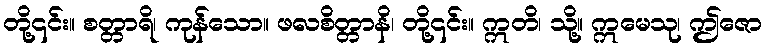
တို့၎င်း။ စတ္တာရိ၊ ကုန်သော။ ဖလစိတ္တာနိ၊ တို့၎င်း။ ဣတိ၊ သို့။ ဣမေသု၊ ဤဇော